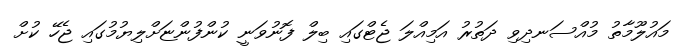
މައުލޫމާތު މުއްސަނދިވި ދަތުރު އަމިއްލަ ޖެޓްގައި ބިލް ފޮނުވަނީ ކުންފުންޏަށްލިޔުމުގައި ޖެހޭ ކުށް